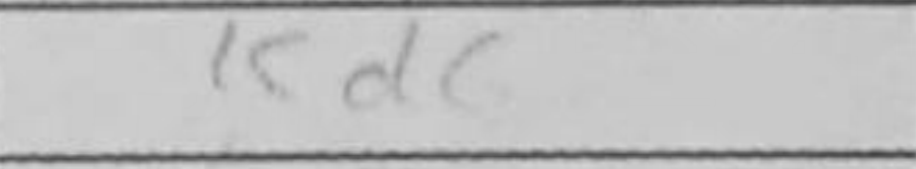
Transcription: Kd6